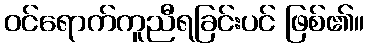
ဝင်ရောက်ကူညီရခြင်းပင် ဖြစ်၏။